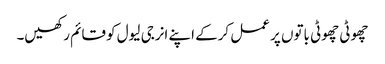
چھوٹی چھوٹی باتوں پر عمل کرکے اپنے انرجی لیول کو قائم رکھیں۔